38_143685_box_Incident_Summaries_173-233
Agency: Department of War
Page 65
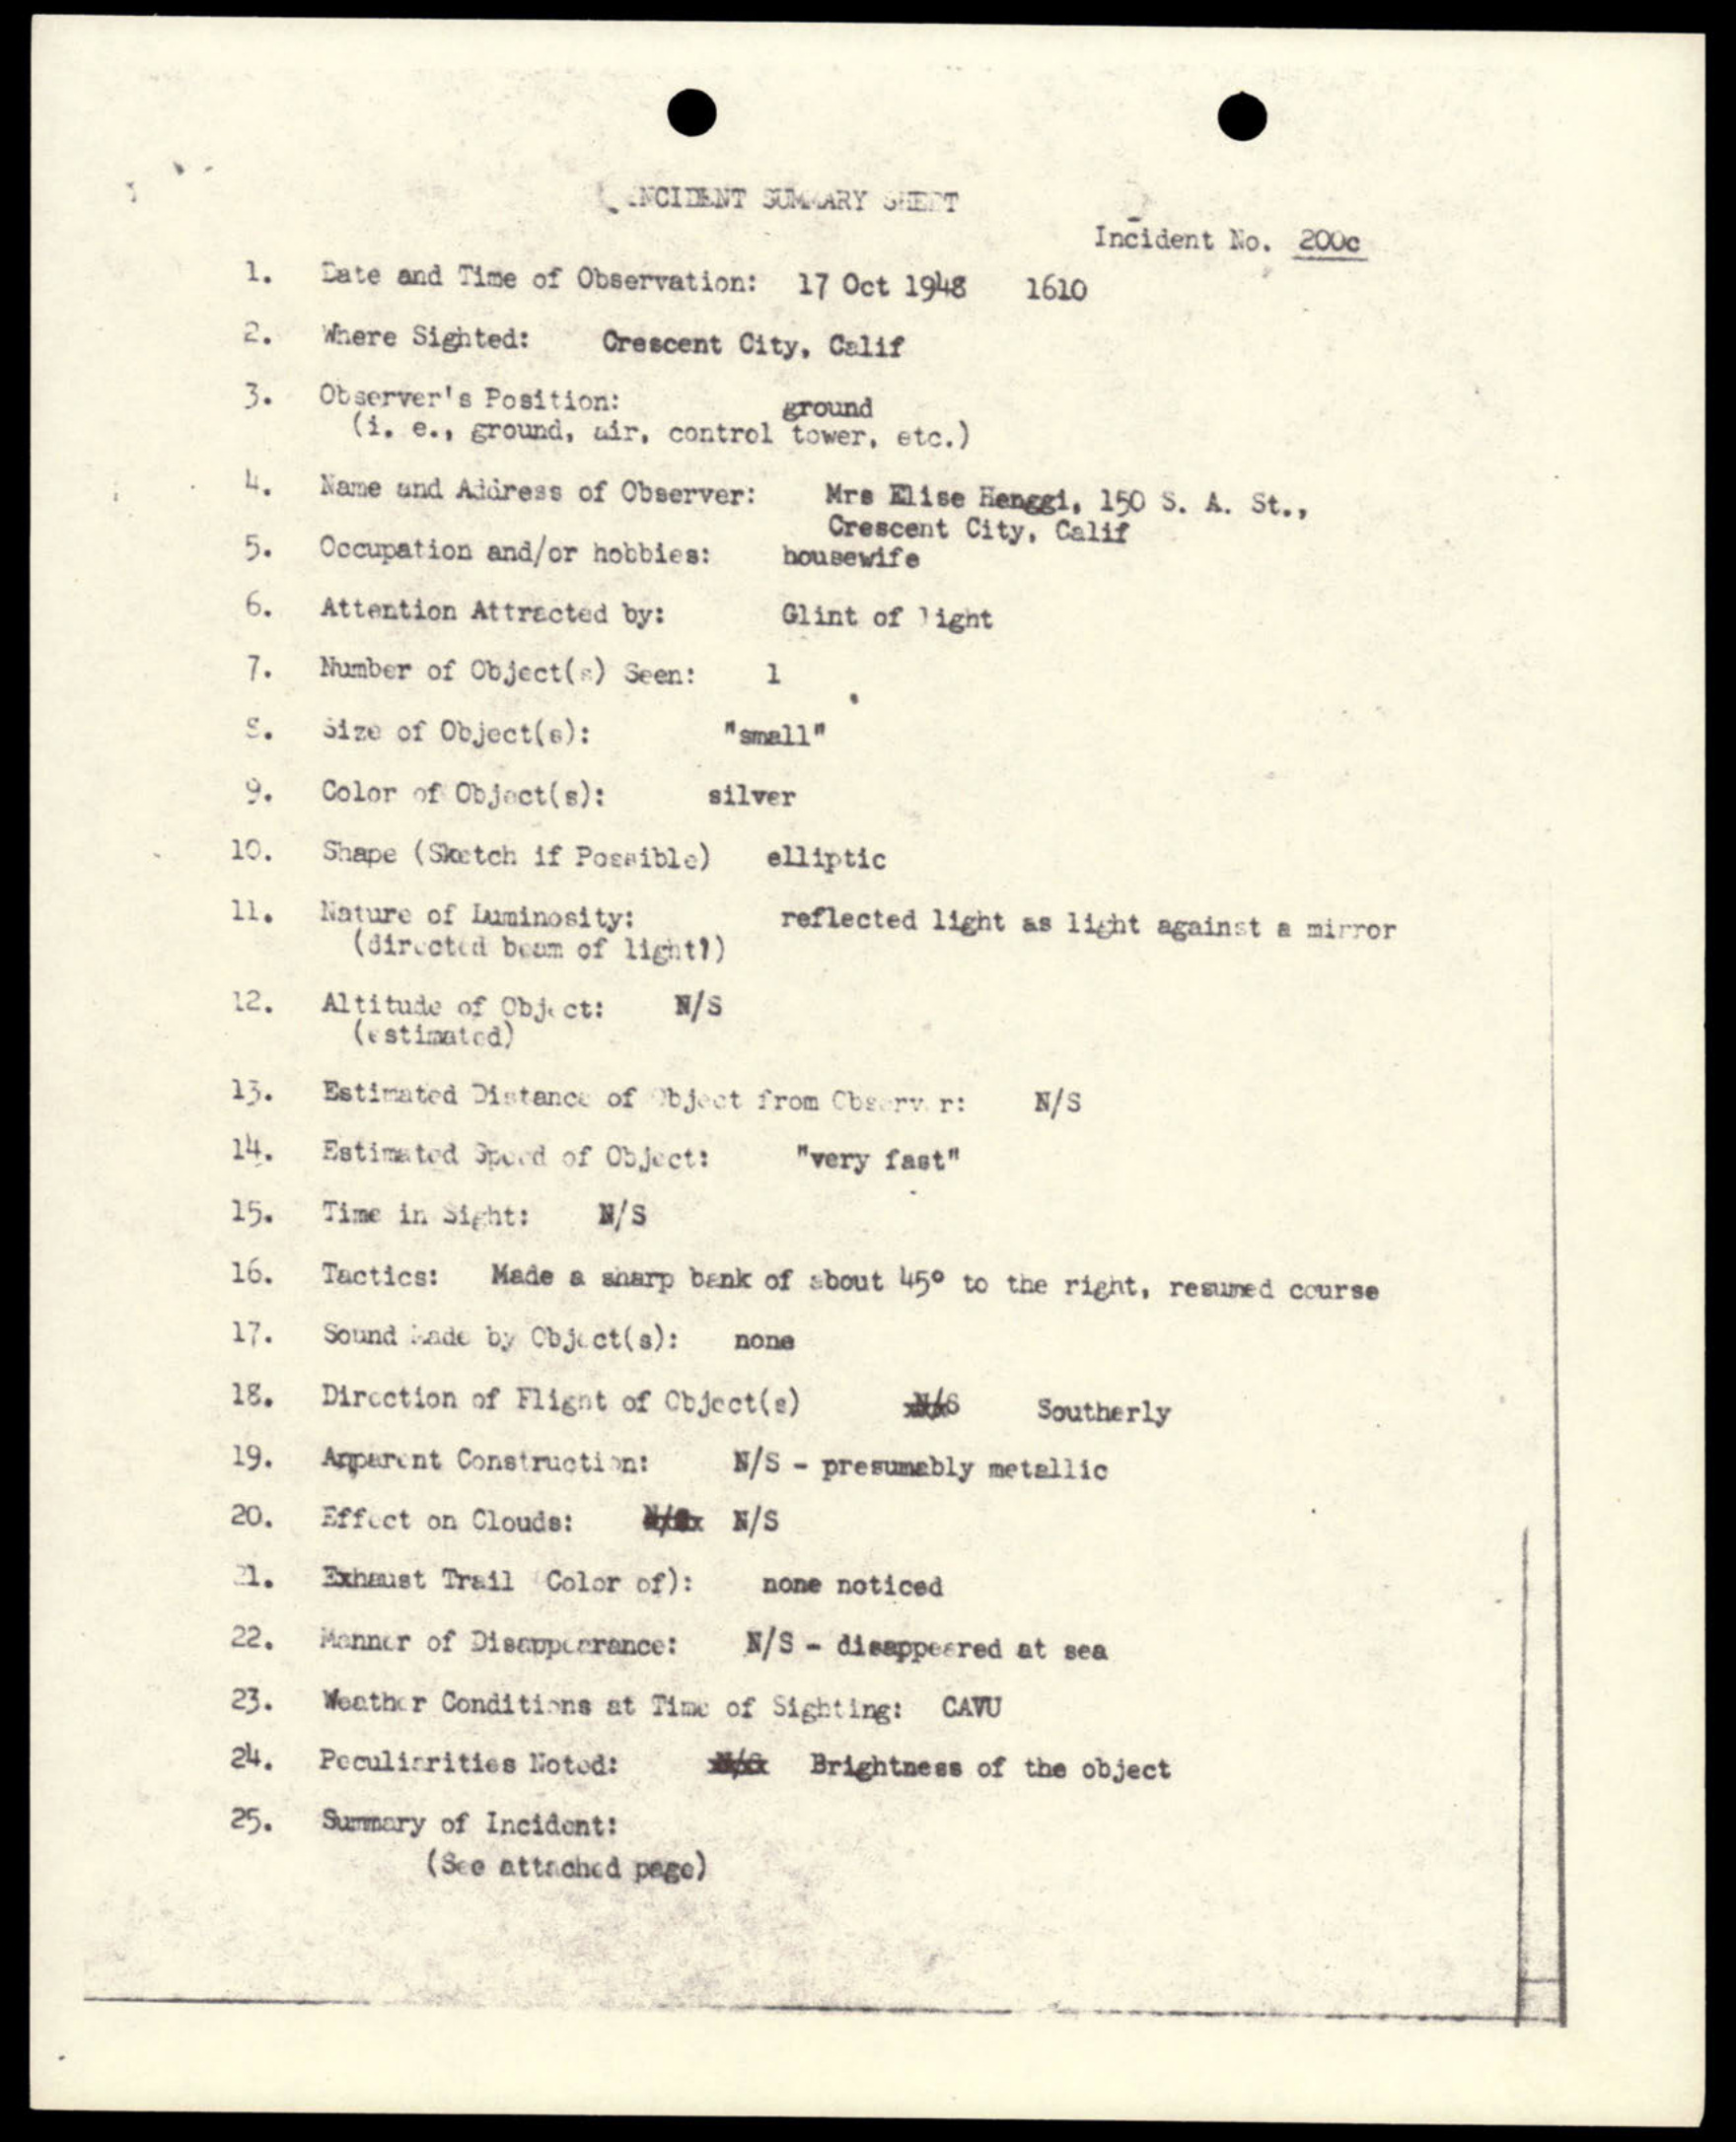